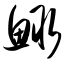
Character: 鲰